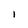
Character: l